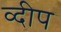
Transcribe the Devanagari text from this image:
व्दीप